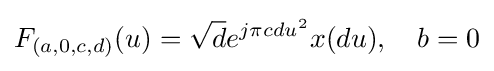
F_{(a,0,c,d)}(u)={\sqrt {d}}e^{j\pi cdu^{2}}x(du),\quad b=0